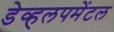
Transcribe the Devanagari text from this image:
डेव्हलपमेंटल